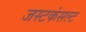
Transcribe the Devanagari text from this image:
जस्टकंसल्ट